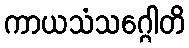
ကာယသံသဂ္ဂေါတိ